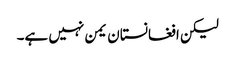
لیکن افغانستان یمن نہیں ہے۔